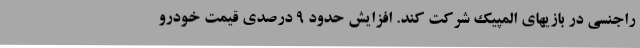
راجنسی در بازیهای المپیک شرکت کند. افزایش حدود 9 درصدی قیمت خودرو